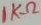
Text: 1KΩ